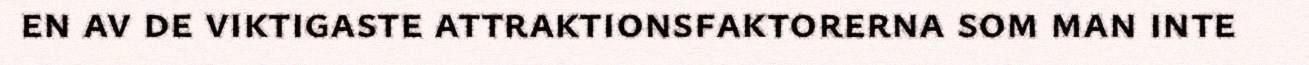
en av de viktigaste attraktionsfaktorerna som man inte